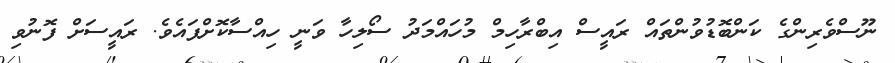
ނޫސްވެރިންގެ ކަންބޮޑުވުންތައް ރައީސް އިބްރާހިމް މުހައްމަދު ސޯލިހާ ވަނީ ހިއްސާކޮށްފައެވެ. ރައީސަށް ފޮނުވި